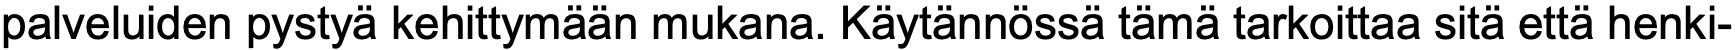
palveluiden pystyä kehittymään mukana. Käytännössä tämä tarkoittaa sitä että henki-